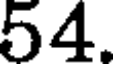
54.